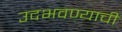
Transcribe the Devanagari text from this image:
उदभवण्याची